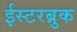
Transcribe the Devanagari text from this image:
ईस्टरब्रुक